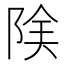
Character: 𨹩